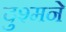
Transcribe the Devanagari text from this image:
दुश्मने